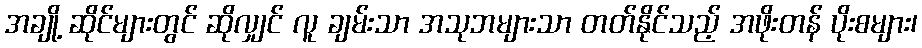
အချို့ ဆိုင်များတွင် ဆိုလျှင် လူ ချမ်းသာ အသုဘများသာ တတ်နိုင်သည့် အဖိုးတန် ပိုးစများ၊